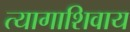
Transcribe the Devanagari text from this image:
त्यागाशिवाय